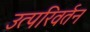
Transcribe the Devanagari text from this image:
उत्परिवर्तन